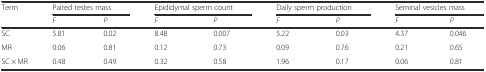
| Term | <COLSPAN=2> Paired testes mass | <COLSPAN=2> Epididymal sperm count | <COLSPAN=2> Daily sperm production | <COLSPAN=2> Seminal vesicles mass |
 |  | F | P | F | P | F | P | F | P |
 | --- | --- | --- | --- | --- | --- | --- | --- | --- |
 | SC | 5.81 | 0.02 | 8.48 | 0.007 | 5.22 | 0.03 | 4.37 | 0.046 |
 | MR | 0.06 | 0.81 | 0.12 | 0.73 | 0.09 | 0.76 | 0.21 | 0.65 |
 | SC × MR | 0.48 | 0.49 | 0.32 | 0.58 | 1.96 | 0.17 | 0.06 | 0.81 |